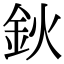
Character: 鈥